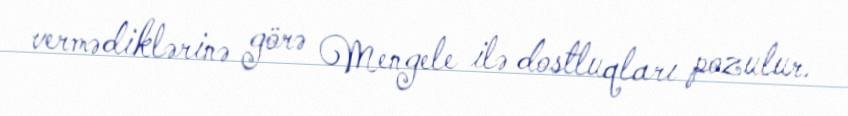
vermədiklərinə görə Mengele ilə dostluqları pozulur.